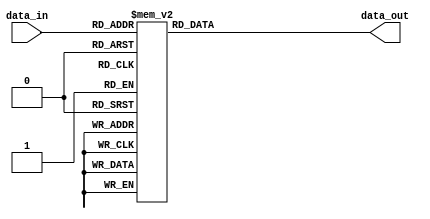
module simple_case_statement (
    input wire [2:0] data_in,
    output reg [3:0] data_out
);

always @(*)
begin
    case (data_in)
        3'd0: data_out <= 4'b0000;
        3'd1: data_out <= 4'b0001;
        3'd2: data_out <= 4'b0010;
        3'd3: data_out <= 4'b0011;
        3'd4: data_out <= 4'b0100;
        3'd5: data_out <= 4'b0101;
        3'd6: data_out <= 4'b0110;
        3'd7: data_out <= 4'b0111;
        default: data_out <= 4'b1111;
    endcase
end

endmodule